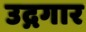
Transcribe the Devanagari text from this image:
उद्गगार